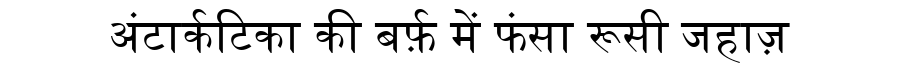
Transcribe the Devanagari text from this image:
अंटार्कटिका की बर्फ़ में फंसा रूसी जहाज़